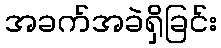
အခက်အခဲရှိခြင်း